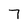
Character: 7